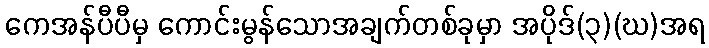
ကေအန်ပီပီမှ ကောင်းမွန်သောအချက်တစ်ခုမှာ အပိုဒ်(၃)(ဃ)အရ